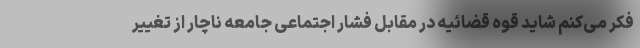
فکر می‌کنم شاید قوه قضائیه در مقابل فشار اجتماعی جامعه ناچار از تغییر